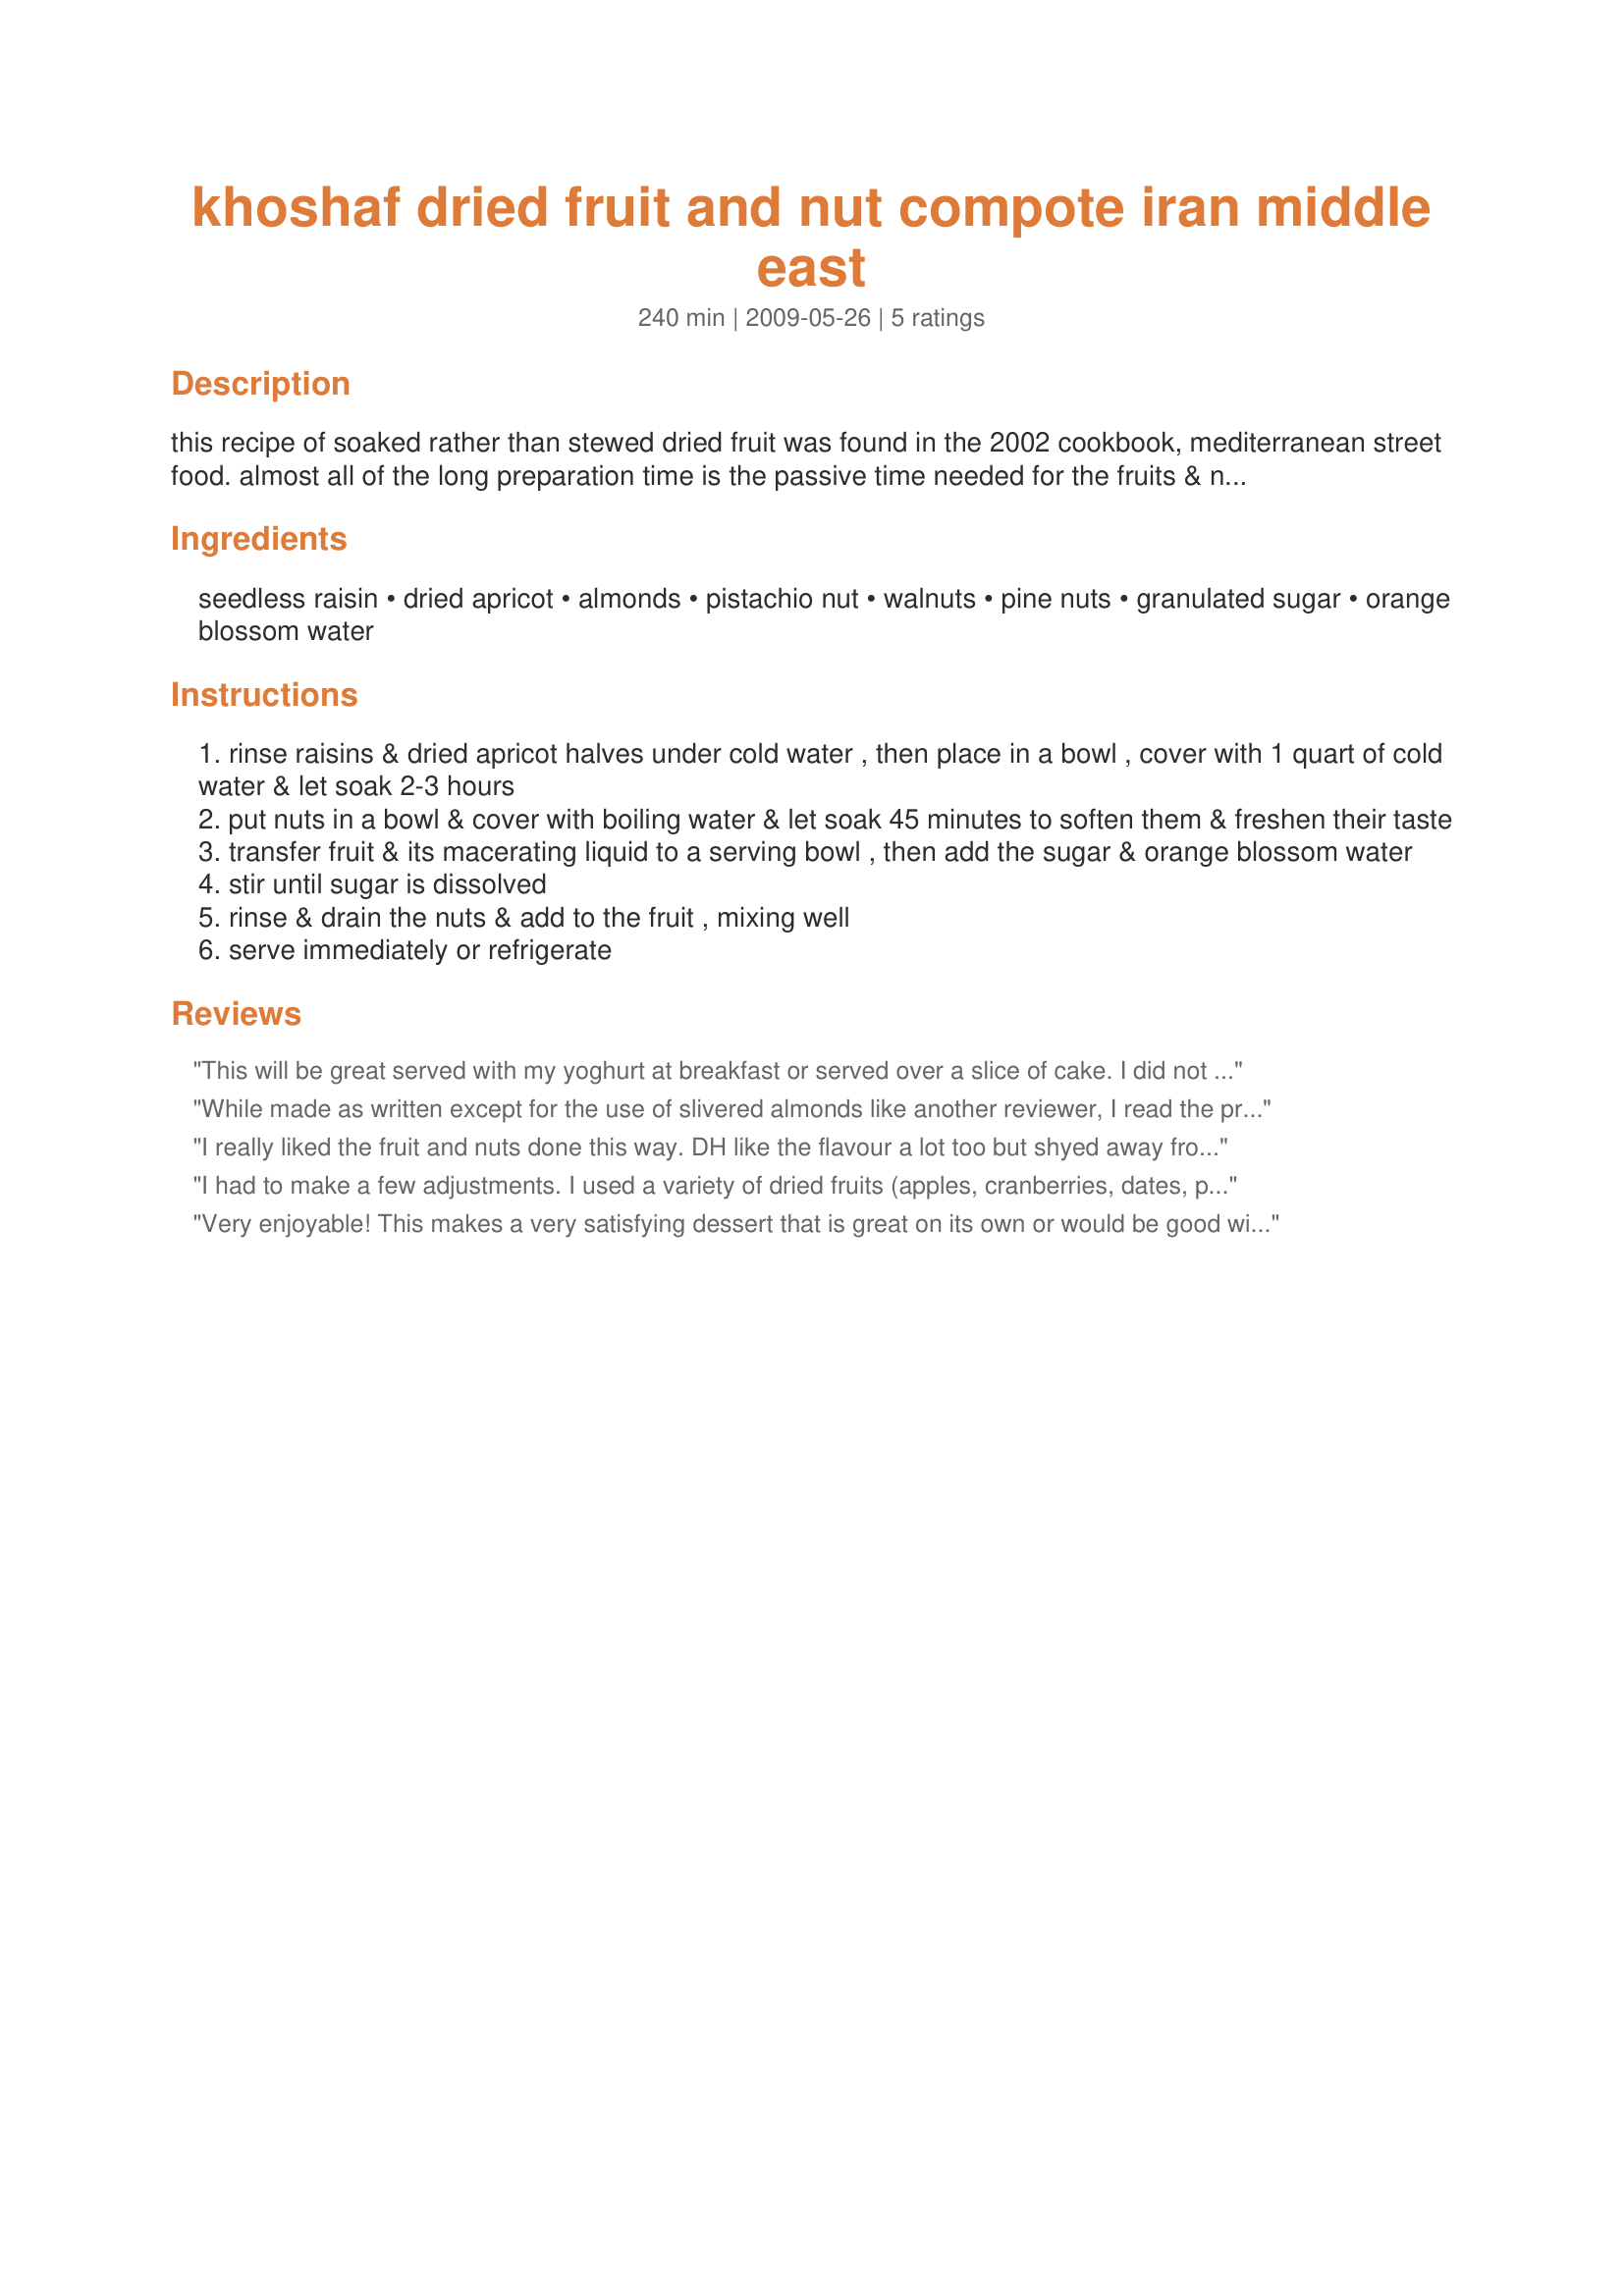
khoshaf dried fruit and nut compote iran middle east
Preparation time: 240 minutes

this recipe of soaked rather than stewed dried fruit was found in the 2002 cookbook, mediterranean street food. almost all of the long preparation time is the passive time needed for the fruits & nuts to soak.

Ingredients:
seedless raisin, dried apricot, almonds, pistachio nut, walnuts, pine nuts, granulated sugar, orange blossom water

Steps:
rinse raisins & dried apricot halves under cold water , then place in a bowl , cover with 1 quart of cold water & let soak 2-3 hours
put nuts in a bowl & cover with boiling water & let soak 45 minutes to soften them & freshen their taste
transfer fruit & its macerating liquid to a serving bowl , then add the sugar & orange blossom water
stir until sugar is dissolved
rinse & drain the nuts & add to the fruit , mixing well
serve immediately or refrigerate

Reviews:
This will be great served with my yoghurt at breakfast or served over a slice of cake. I did not add the sugar as the fruit esp the apricots are sweet enough for me. It is so so pretty and versatile too. I soaked both fruit and nuts overnight like previous reviewer did with a plump and delicious result. Made for ZWT6.
While made as written except for the use of slivered almonds like another reviewer, I read the prior reviews & it seemed best results were achieved w/longer soak & refrigeration times. So I made it Wed for review today (Fri) & I must say that I cannot imagine how a more ideal result could be achieved. Won over by another reviewer, I also served it atop ice cream & it really was great. I could not help but wonder if a bit of brandy added prior to refrigeration would be just the thing to send this recipe into 10* territory for me .. almost certainly inconsistent w/the cuisine, but such a nice thot. Thx for posting this recipe for us.
I really liked the fruit and nuts done this way. DH like the flavour a lot too but shyed away from it because it was so liquidly. I used dark raisins and organic dried apricots. The only change I made was to use blanched slivered almonds instead of halved because it was what I had on hand. To compensate I soaked them for 15 out of the 45 minutes. The problem I had with this recipe was the fruit and nuts were in a very thin liquid at the end. I think to tweak this recipe to a probable 5 stars would be to simmer the liquid down slightly to a thin syrup. I liked the orange blossom water with this. This was even better chilled. I will try making it again as stated above. Made for Ramadan Tag.
I had to make a few adjustments. I used a variety of dried fruits (apples, cranberries, dates, plums, apricots, and the list goes on), and pistachios because that what I had on hand. I soaked it for about 24 hours.

However, I really went crazy, so to speak, when I served it ala mode! WOW talk about tasty! It was good after a 24 hour soak, but two days later it was fabulous. The fruit was very soft and the liquid was nice and syrupy, not too sweet, full of flavor. Fantastic!
Very enjoyable! This makes a very satisfying dessert that is great on its own or would be good with yogurt or ice cream. I made as written although I did snip my apricots so that everything was about the same size. Also made using the suggested times (really liked), but next time just to compare how the time effects the recipe may try other reviews suggestion of using whole almonds and overnight soak time. Highly recommend this nice healthy dessert, thanks for the post.
